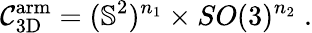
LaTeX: \mathcal{C}_{\mathrm{3D}}^{\mathrm{arm}}=(\mathbb{S}^{2})^{n_{1}}\times SO(3)^{n_{2}}\; .